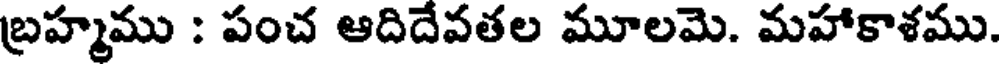
బ్రహ్మము : పంచ ఆదిదేవతల మూలమె. మహాకాశము.